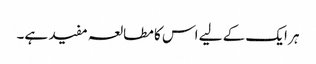
ہر ایک کے لیے اس کا مطالعہ مفید ہے۔